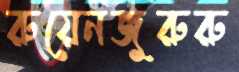
রুয়েনজুরুরু